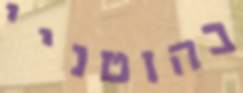
בהוטניי